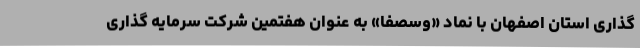
گذاری استان اصفهان با نماد «وسصفا» به عنوان هفتمین شرکت سرمایه گذاری